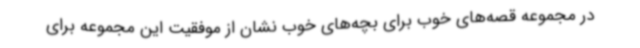
در مجموعه قصه‌های خوب برای بچه‌های خوب نشان از موفقیت این مجموعه برای